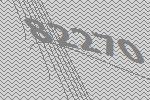
82270